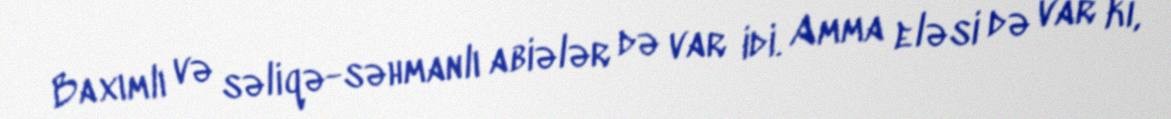
Baxımlı və səliqə-səhmanlı abiələr də var idi. Amma eləsi də var ki,